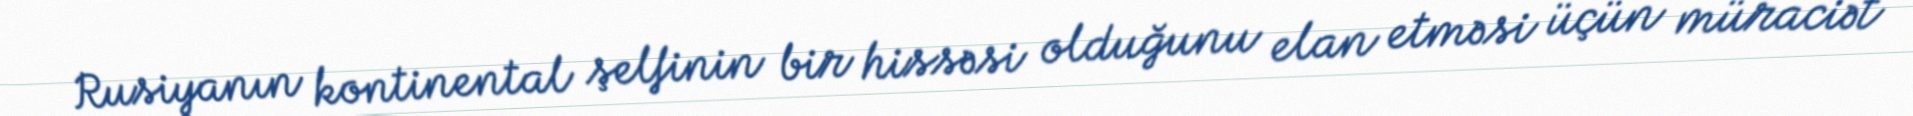
Rusiyanın kontinental şelfinin bir hissəsi olduğunu elan etməsi üçün müraciət